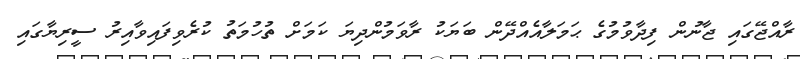
ރާއްޖޭގައި ޖާނުން ފިދާވުމުގެ ޙަމަލާއެއްދޭން ބަޔަކު ރާވަމުންދިޔަ ކަމަށް ތުހުމަތު ކުރެވިފައިވާއިރު ސީރިޔާގައި